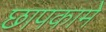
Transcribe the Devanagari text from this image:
छापकामे